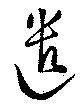
遣